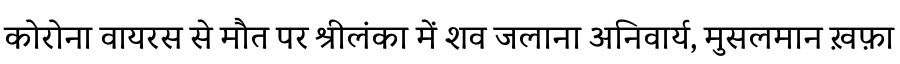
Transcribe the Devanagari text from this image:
कोरोना वायरस से मौत पर श्रीलंका में शव जलाना अनिवार्य, मुसलमान ख़फ़ा